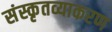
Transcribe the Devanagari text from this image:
संस्कृतव्याकरण